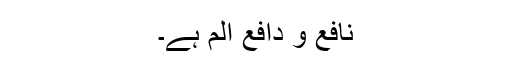
نافع و دافعِ الم ہے۔